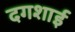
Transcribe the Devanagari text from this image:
दगशाई